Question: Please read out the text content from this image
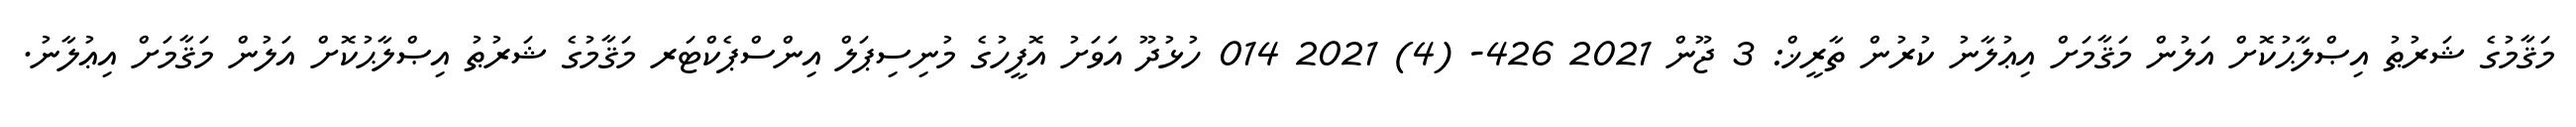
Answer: މަޤާމުގެ ޝަރުޠު އިޞްލާޙުކޮށް އަލުން މަޤާމަށް އިޢުލާނު ކުރުން ތާރީޚް: 3 ޖޫން 2021 426- (4) 2021 014 ހުޅުދޫ އަވަށު އޮފީހުގެ މުނިސިޕަލް އިންސްޕެކްޓަރ މަޤާމުގެ ޝަރުޠު އިޞްލާޙުކޮށް އަލުން މަޤާމަށް އިޢުލާނު.